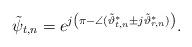
LaTeX: \begin{align*} \tilde{\psi}_{t,n} = e^{j \left(\pi - \angle (\tilde{\vartheta}_{t,n}^* \pm j \tilde{\vartheta}_{r,n}^*) \right)}.\end{align*}